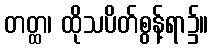
တတ္ထ၊ ထိုသပိတ်စွန့်ရာ၌။